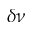
\delta \nu